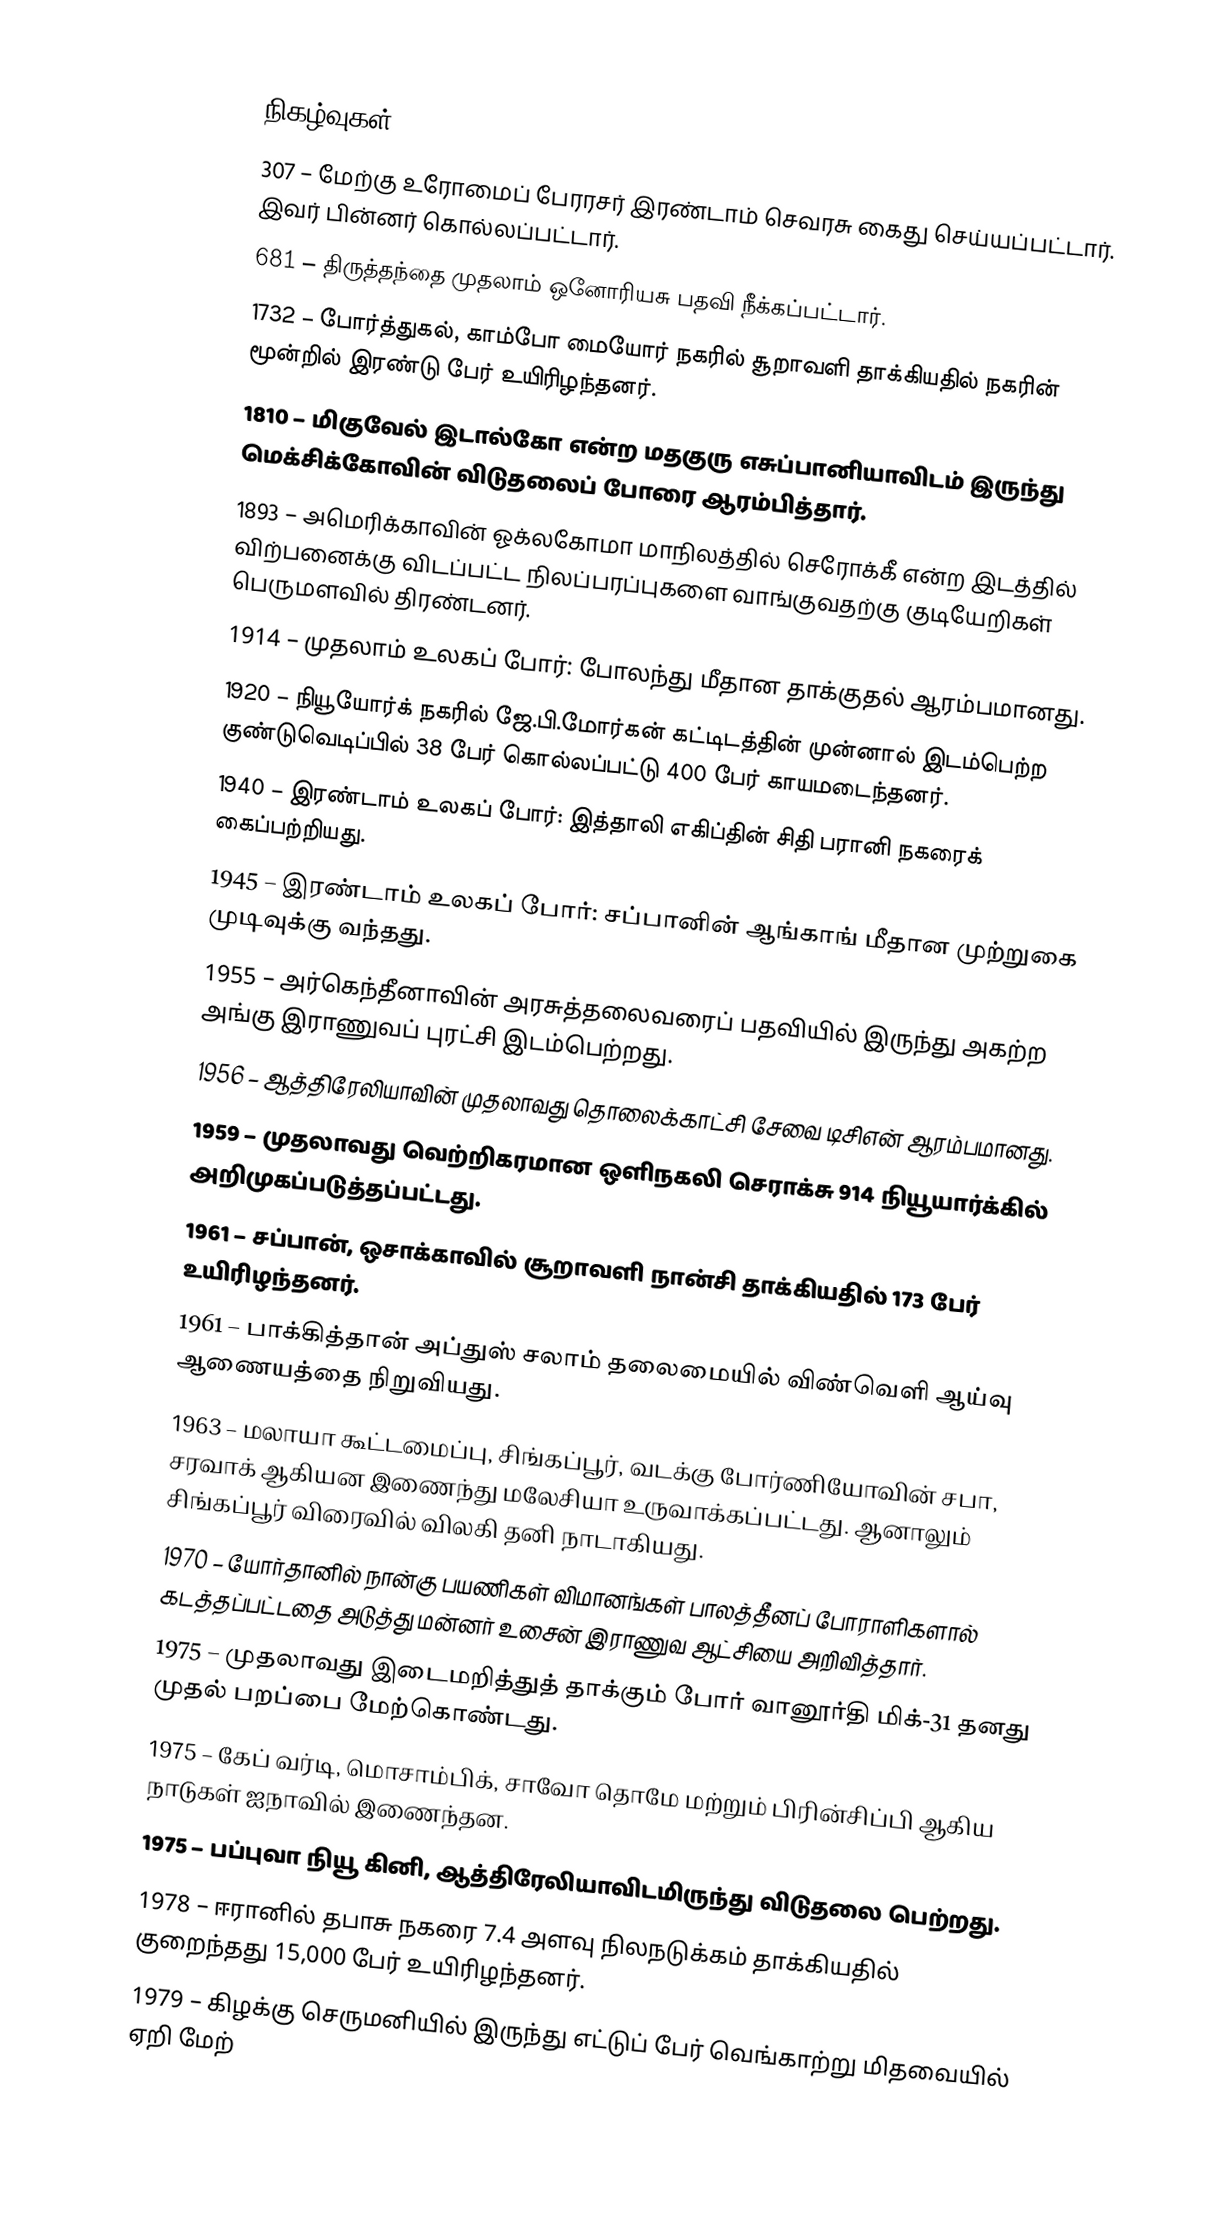

நிகழ்வுகள்
307 – மேற்கு உரோமைப் பேரரசர் இரண்டாம் செவரசு கைது செய்யப்பட்டார். இவர் பின்னர் கொல்லப்பட்டார்.
681 –  திருத்தந்தை முதலாம் ஒனோரியசு பதவி நீக்கப்பட்டார்.
1732 – போர்த்துகல், காம்போ மையோர் நகரில் சூறாவளி தாக்கியதில் நகரின் மூன்றில் இரண்டு பேர் உயிரிழந்தனர்.
1810 – மிகுவேல் இடால்கோ என்ற மதகுரு எசுப்பானியாவிடம் இருந்து மெக்சிக்கோவின் விடுதலைப் போரை ஆரம்பித்தார்.
1893 – அமெரிக்காவின் ஓக்லகோமா மாநிலத்தில் செரோக்கீ என்ற இடத்தில் விற்பனைக்கு விடப்பட்ட நிலப்பரப்புகளை வாங்குவதற்கு குடியேறிகள் பெருமளவில் திரண்டனர்.
1914 – முதலாம் உலகப் போர்: போலந்து மீதான தாக்குதல் ஆரம்பமானது.
1920 – நியூயோர்க் நகரில் ஜே.பி.மோர்கன் கட்டிடத்தின் முன்னால் இடம்பெற்ற குண்டுவெடிப்பில் 38 பேர் கொல்லப்பட்டு 400 பேர் காயமடைந்தனர்.
1940 – இரண்டாம் உலகப் போர்: இத்தாலி எகிப்தின் சிதி பரானி நகரைக் கைப்பற்றியது.
1945 – இரண்டாம் உலகப் போர்: சப்பானின் ஆங்காங் மீதான முற்றுகை முடிவுக்கு வந்தது.
1955 – அர்கெந்தீனாவின் அரசுத்தலைவரைப் பதவியில் இருந்து அகற்ற அங்கு இராணுவப் புரட்சி இடம்பெற்றது.
1956 – ஆத்திரேலியாவின் முதலாவது தொலைக்காட்சி சேவை டிசிஎன் ஆரம்பமானது.
1959 – முதலாவது வெற்றிகரமான ஒளிநகலி செராக்சு 914 நியூயார்க்கில் அறிமுகப்படுத்தப்பட்டது.
1961 – சப்பான், ஒசாக்காவில் சூறாவளி நான்சி தாக்கியதில் 173 பேர் உயிரிழந்தனர்.
1961 – பாக்கித்தான் அப்துஸ் சலாம் தலைமையில் விண்வெளி ஆய்வு ஆணையத்தை நிறுவியது.
1963 – மலாயா கூட்டமைப்பு, சிங்கப்பூர், வடக்கு போர்ணியோவின் சபா, சரவாக் ஆகியன இணைந்து மலேசியா உருவாக்கப்பட்டது. ஆனாலும் சிங்கப்பூர் விரைவில் விலகி தனி நாடாகியது.
1970 – யோர்தானில் நான்கு பயணிகள் விமானங்கள் பாலத்தீனப் போராளிகளால் கடத்தப்பட்டதை அடுத்து மன்னர் உசைன் இராணுவ ஆட்சியை அறிவித்தார்.
1975 – முதலாவது இடைமறித்துத் தாக்கும் போர் வானூர்தி மிக்-31 தனது முதல் பறப்பை மேற்கொண்டது.
1975 – கேப் வர்டி, மொசாம்பிக், சாவோ தொமே மற்றும் பிரின்சிப்பி ஆகிய நாடுகள் ஐநாவில் இணைந்தன.
1975 – பப்புவா நியூ கினி, ஆத்திரேலியாவிடமிருந்து விடுதலை பெற்றது.
1978 – ஈரானில் தபாசு நகரை 7.4 அளவு நிலநடுக்கம் தாக்கியதில் குறைந்தது 15,000 பேர் உயிரிழந்தனர்.
1979 – கிழக்கு செருமனியில் இருந்து எட்டுப் பேர் வெங்காற்று மிதவையில் ஏறி மேற்